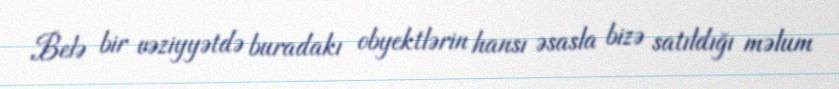
Belə bir vəziyyətdə buradakı obyektlərin hansı əsasla bizə satıldığı məlum